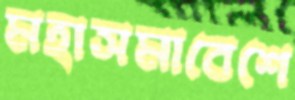
মহাসমাবেশে